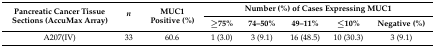
<table><thead><tr><td rowspan="2"><b>Pancreatic Cancer Tissue Sections (AccuMax Array)</b></td><td rowspan="2"><b><i>n</i></b></td><td rowspan="2"><b>MUC1 Positive (%)</b></td><td colspan="5"><b>Number (%) of Cases Expressing MUC1</b></td></tr><tr><td><b>≥75%</b></td><td><b>74–50%</b></td><td><b>49–11%</b></td><td><b>≤10%</b></td><td><b>Negative (%)</b></td></tr></thead><tbody><tr><td>A207(IV)</td><td>33</td><td>60.6</td><td>1 (3.0)</td><td>3 (9.1)</td><td>16 (48.5)</td><td>10 (30.3)</td><td>3 (9.1)</td></tr></tbody></table>